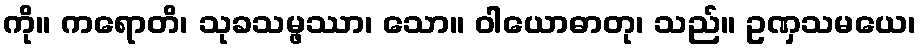
ကို။ ကရောတိ၊ သုခသမ္ဖဿာ၊ သော။ ဝါယောဓာတု၊ သည်။ ဥဏှသမယေ၊